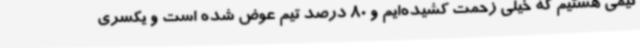
تیمی هستیم که خیلی زحمت کشیده‌ایم و 80 درصد تیم عوض شده است و یکسری